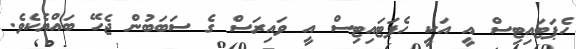
ހެޕަޓައިޓިސް އީ އަކީ ހެޕަޓައިޓިސް އީ ވައިރަސް ގެ ސަބަބުން ޖެހޭ ބައްޔެކެވެ.